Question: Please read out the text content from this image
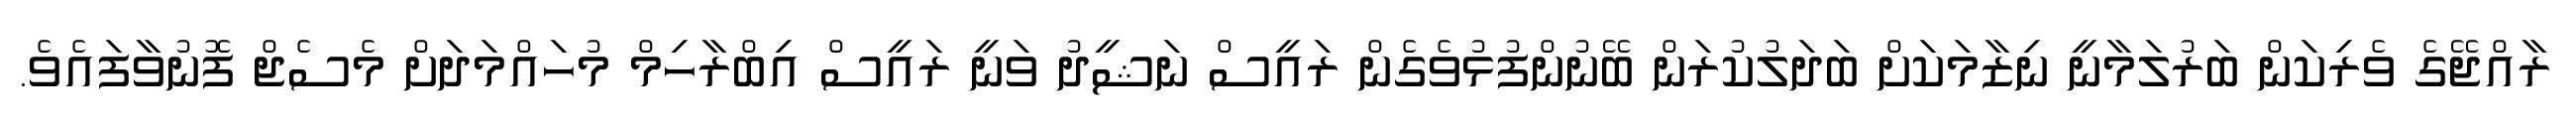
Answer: ރާއްޖޭގެ ވެރިކަން ބަރުލަމާނީ ނިޒާމަކަށް ބަދަލުކުރަން ބޭނުންފުޅުވެގެން ރައީސް ނަޝީދު ވަނީ ރައީސް އިބްރާހިމް މުހައްމަދަށް މެސެޖް ފޮނުވާފައެވެ.